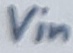
Text: Vin